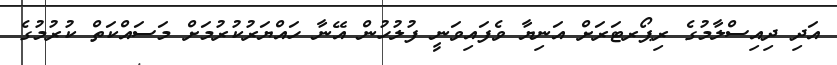
އަދި ދިއިސްލާމުގެ ރިޕޯރޓަރަށް އަނިޔާ ވެފައިވަނީ ފުލުހުން އޭނާ ހައްޔަރުކުރުމަށް މަސައްކަތް ކުރުމުގެ